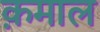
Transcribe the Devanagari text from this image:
क़माल